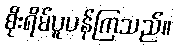
စိုးရိမ်ပူပန်ကြသည်။